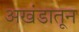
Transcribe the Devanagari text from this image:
अखंडातून